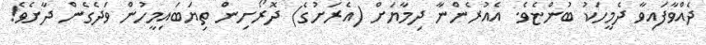
ދެއްވާފައިވާ ދެމީހަކު ބުންޏެވެ. އެއުރެންނާ ދިމާޔަށް (އެރަށުގެ) ދޮރޯށިން ތިޔަބައިމީހުން ވަދެގެން ދާށެވެ!